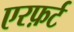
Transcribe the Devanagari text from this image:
एरफ़र्ट